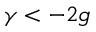
\gamma < - 2 g